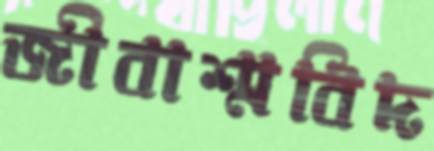
জীবাশ্মবিদ